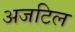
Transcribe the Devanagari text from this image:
अजटिल